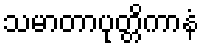
သမာတာပုတ္တိကာနံ